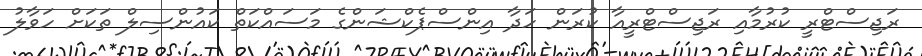
ރަޖިސްޓްރީ ކުރުމާއި ރަޖިސްޓްރީއާ ކުރަން ހަދާ އިންސްޕެކްޝަންގެ މަސައްކަތް ކައުންސިލް ތަކަށް ހަވާލު